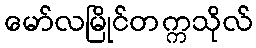
မော်လမြိုင်တက္ကသိုလ်